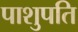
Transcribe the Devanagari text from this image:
पाशुपति